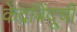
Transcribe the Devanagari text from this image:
केंद्रबिंदूची